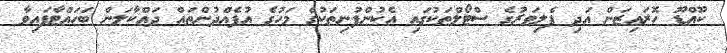
ކޫއްޑޫ ހޮރައިޒަން އަދި ފެލިވަރުގެ ސްޓޯލްތަކުގައި އެކުންފުނިތަކުގެ މަހުގެ އުފެއްދުންތައް ދައްކާލަން ބަހައްޓާފައިވާ